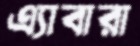
এ্যাবারা